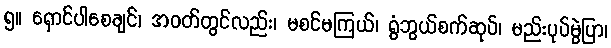
၅။ ရှောင်ပါစေချင်၊ အဝတ်တွင်လည်း၊ မစင်မကြယ်၊ ရွံဘွယ်စက်ဆုပ်၊ မည်းပုပ်မွဲပြာ၊